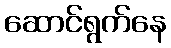
ဆောင်ရွက်နေ